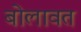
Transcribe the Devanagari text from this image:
बोलावत